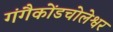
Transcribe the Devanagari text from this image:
गंगैकोंडचोलेश्वर